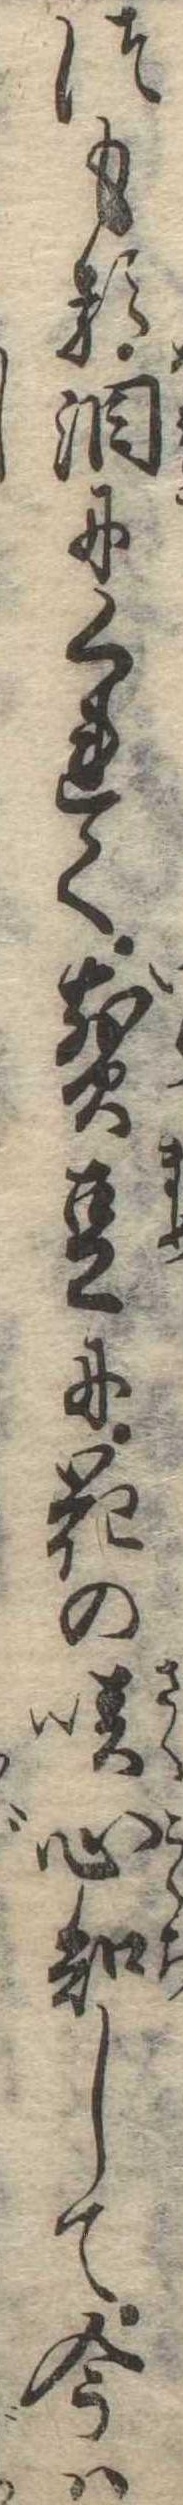
つもる涙にくれて煎豆に花の咲心知して今は